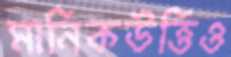
মানিকউত্তিও